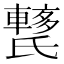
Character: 𨎱